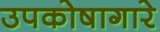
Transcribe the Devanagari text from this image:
उपकोषागारे